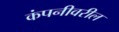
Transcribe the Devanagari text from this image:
कंपनीवरील